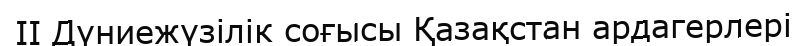
II Дүниежүзілік соғысы Қазақстан ардагерлері